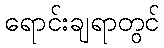
ရောင်းချရာတွင်